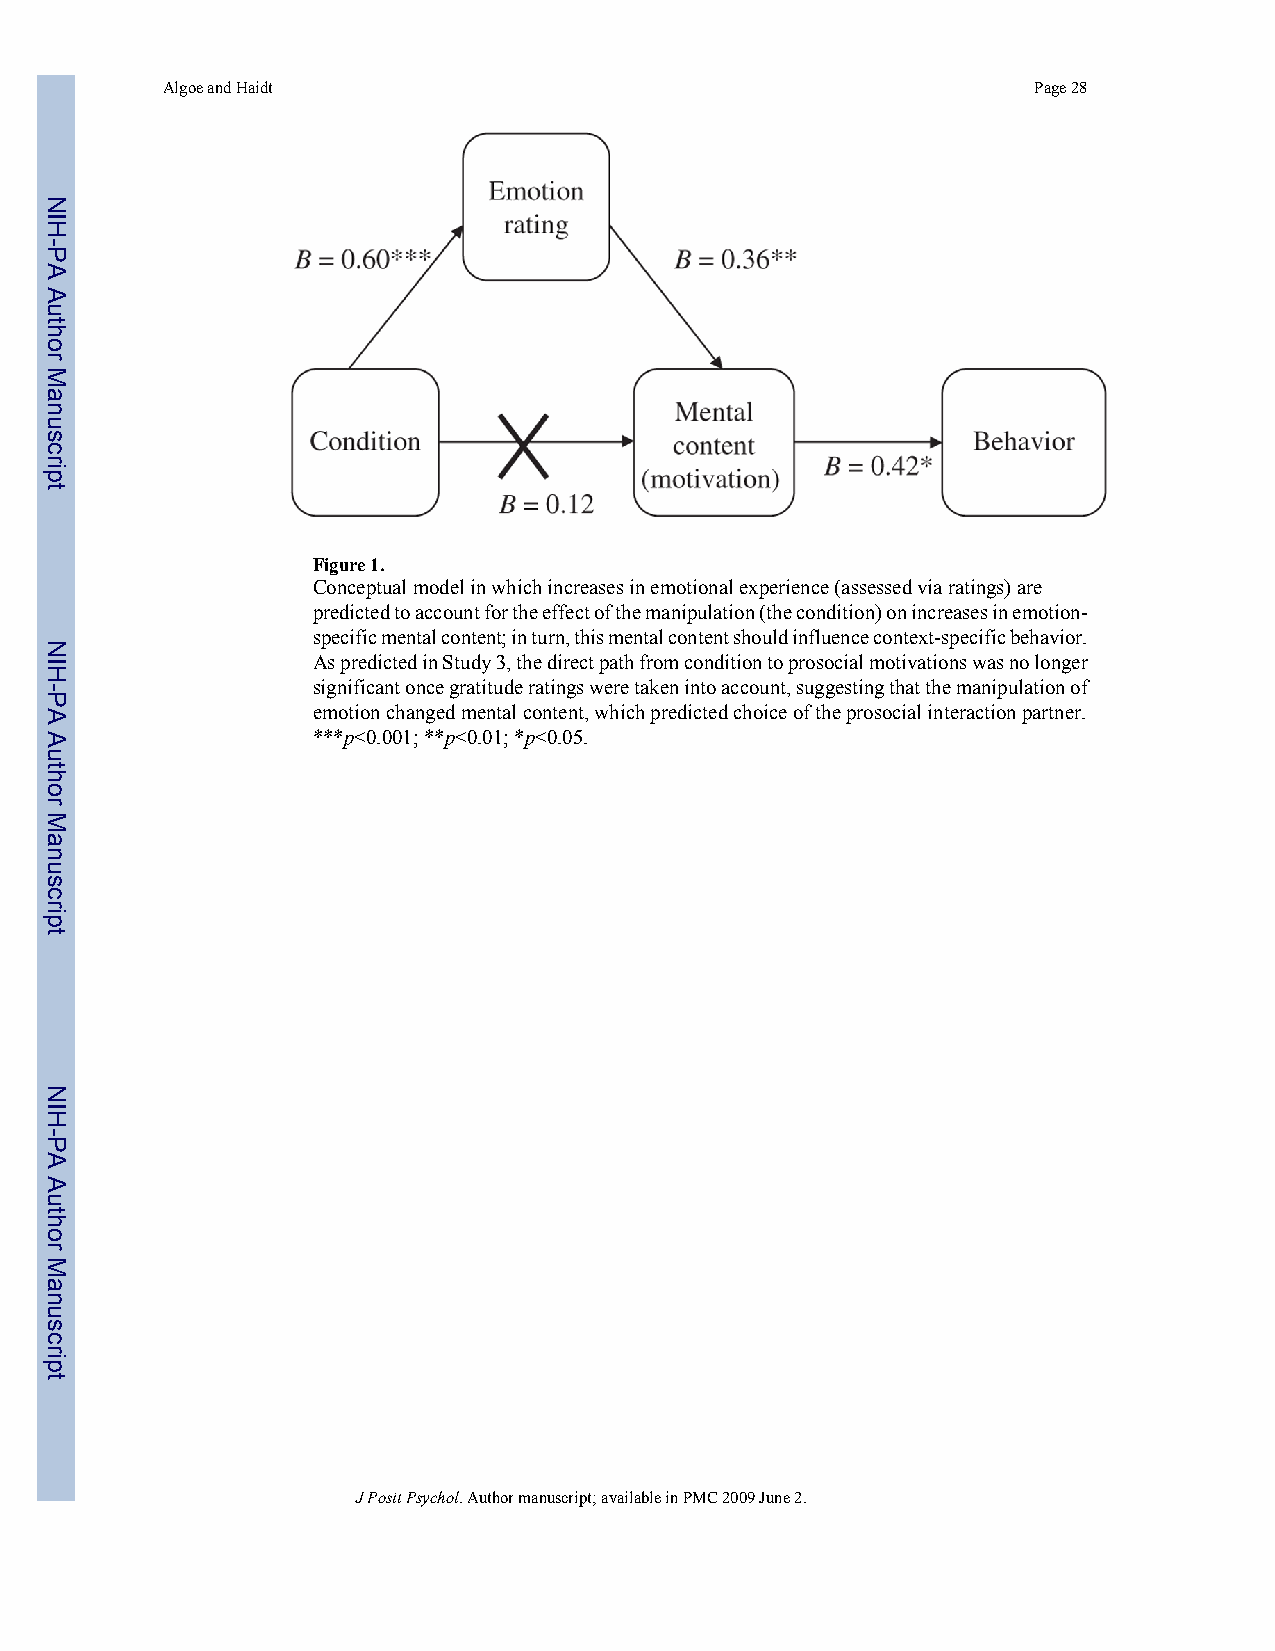
Algoe and Haidt                                          Page 28
 Figure 1.
 Conceptual model in which increases in emotional experience (assessed via ratings) are
 predicted to account for the effect of the manipulation (the condition) on increases in emotion-
 specific mental content; in turn, this mental content should influence context-specific behavior.
 As predicted in Study 3, the direct path from condition to prosocial motivations was no longer
 significant once gratitude ratings were taken into account, suggesting that the manipulation of
 emotion changed mental content, which predicted choice of the prosocial interaction partner.
 ***p<0.001; **p<0.01; *p<0.05.
 J Posit Psychol. Author manuscript; available in PMC 2009 June 2.
 NIH-PA
 Author
 Manuscript
 NIH-PA
 Author
 Manuscript
 NIH-PA
 Author
 Manuscript